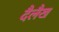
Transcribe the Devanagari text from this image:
दैलैख